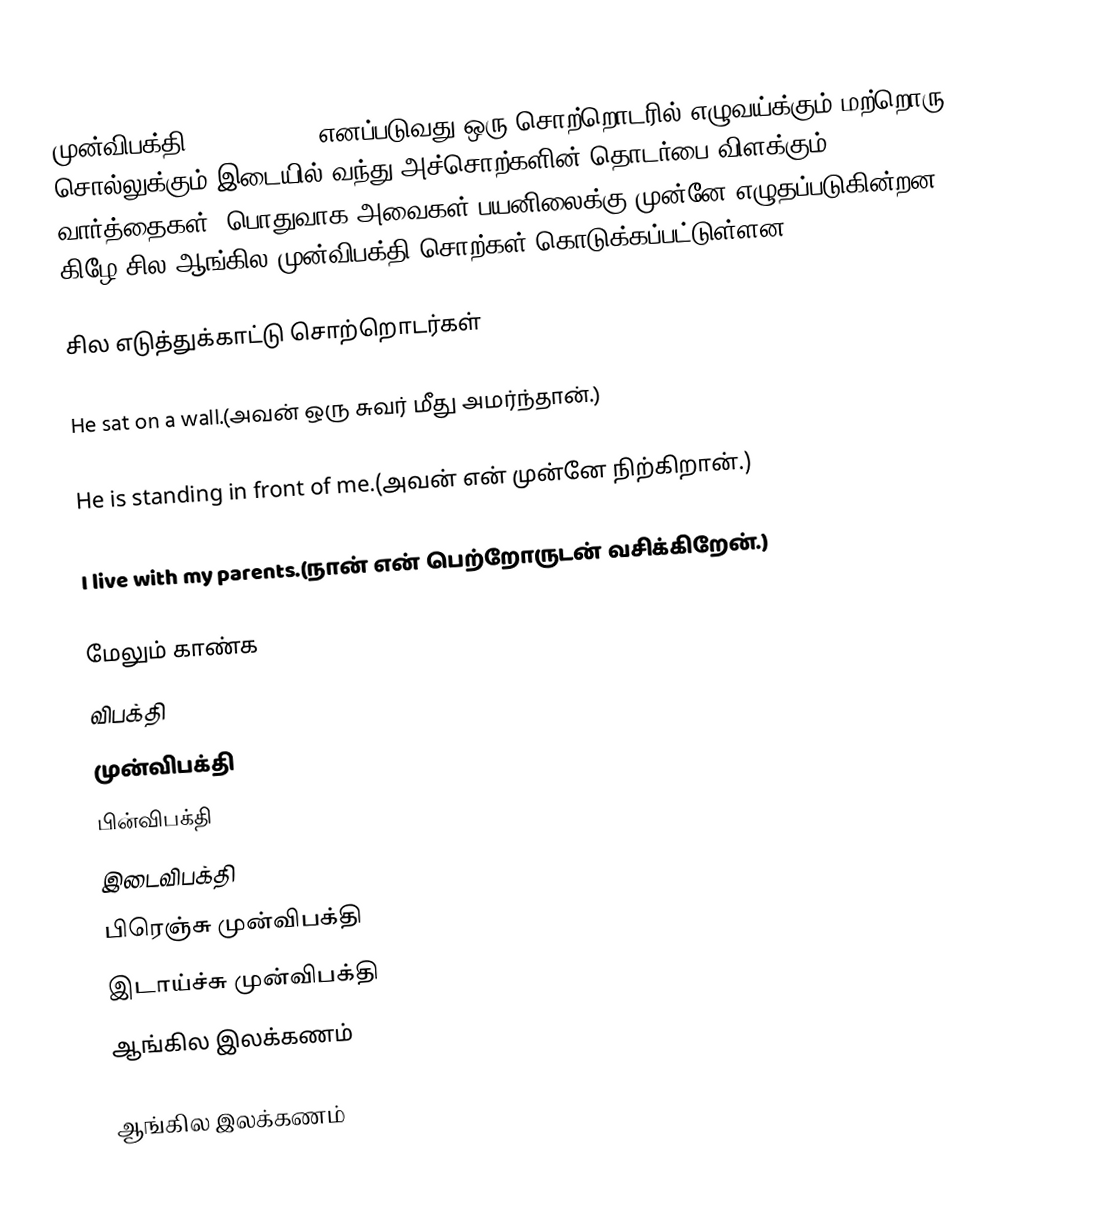
முன்விபக்தி(Preposition) எனப்படுவது ஒரு சொற்றொடரில் எழுவய்க்கும் மற்றொரு சொல்லுக்கும் இடையில் வந்து அச்சொற்களின் தொடர்பை விளக்கும் வார்த்தைகள். பொதுவாக அவைகள் பயனிலைக்கு முன்னே எழுதப்படுகின்றன. கிழே சில ஆங்கில முன்விபக்தி சொற்கள் கொடுக்கப்பட்டுள்ளன.

சில எடுத்துக்காட்டு சொற்றொடர்கள்

He sat on a wall.(அவன் ஒரு சுவர் மீது அமர்ந்தான்.)

He is standing in front of me.(அவன் என் முன்னே நிற்கிறான்.)

I live with my parents.(நான் என் பெற்றோருடன் வசிக்கிறேன்.)

மேலும் காண்க
 விபக்தி
 முன்விபக்தி
 பின்விபக்தி
 இடைவிபக்தி
 பிரெஞ்சு முன்விபக்தி
 இடாய்ச்சு முன்விபக்தி
 ஆங்கில இலக்கணம்

ஆங்கில இலக்கணம்